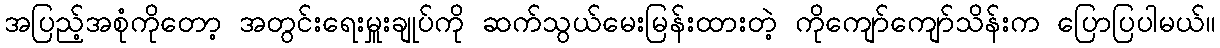
အပြည့်အစုံကိုတော့ အတွင်းရေးမှူးချုပ်ကို ဆက်သွယ်မေးမြန်းထားတဲ့ ကိုကျော်ကျော်သိန်းက ပြောပြပါမယ်။